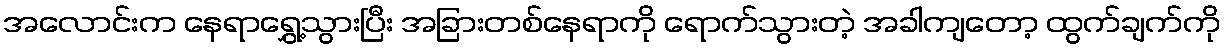
အလောင်းက နေရာရွှေ့သွားပြီး အခြားတစ်နေရာကို ရောက်သွားတဲ့ အခါကျတော့ ထွက်ချက်ကို